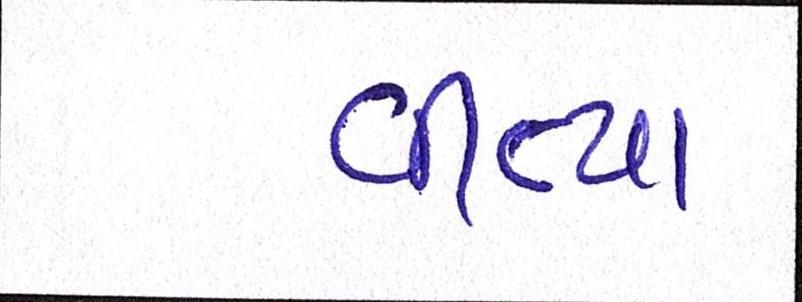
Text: વીત્યા